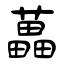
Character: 藟